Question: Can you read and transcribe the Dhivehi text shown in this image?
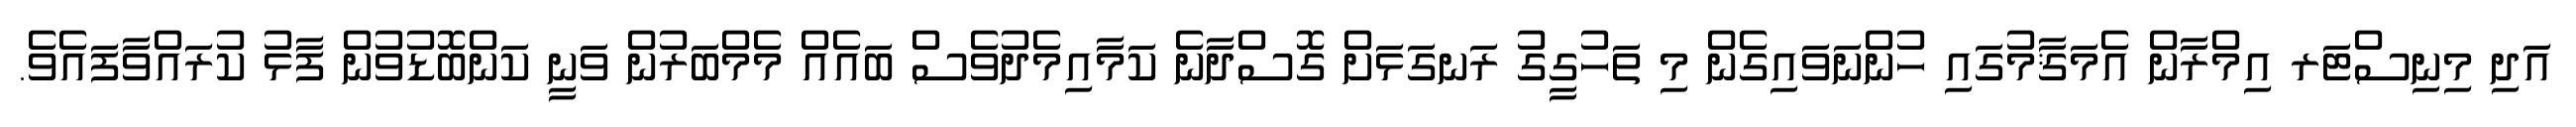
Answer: އަދި މިނިސްޓަރ އިމްރާން އެމަޤާމުގައި ހުންނަވައިގެން މި ތަހުގީގު ރަނގަޅަށް ގޮސްދާނެ ކަމާއިމެދުވެސް ބައެއް މެމްބަރުން ވަނީ ކަންބޮޑުވުން ފާޅު ކުރައްވާފައެވެ.